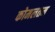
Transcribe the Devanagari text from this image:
कोमलतम